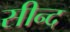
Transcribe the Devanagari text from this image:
सीन्द